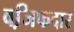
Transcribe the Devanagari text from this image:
वजि़फदार